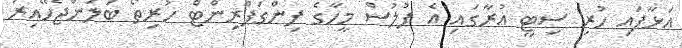
އަޅާފައި ހުރި ސިޓީ އުރާގައި އެ ފުލުސް މީހާގެ ފިންގަޕްރިންޓް ހުރިތޯ ބަލަންޖެހޭއިރު